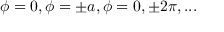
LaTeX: \phi = 0 , \phi = \pm a , \phi = 0 , \pm 2 \pi , . . .